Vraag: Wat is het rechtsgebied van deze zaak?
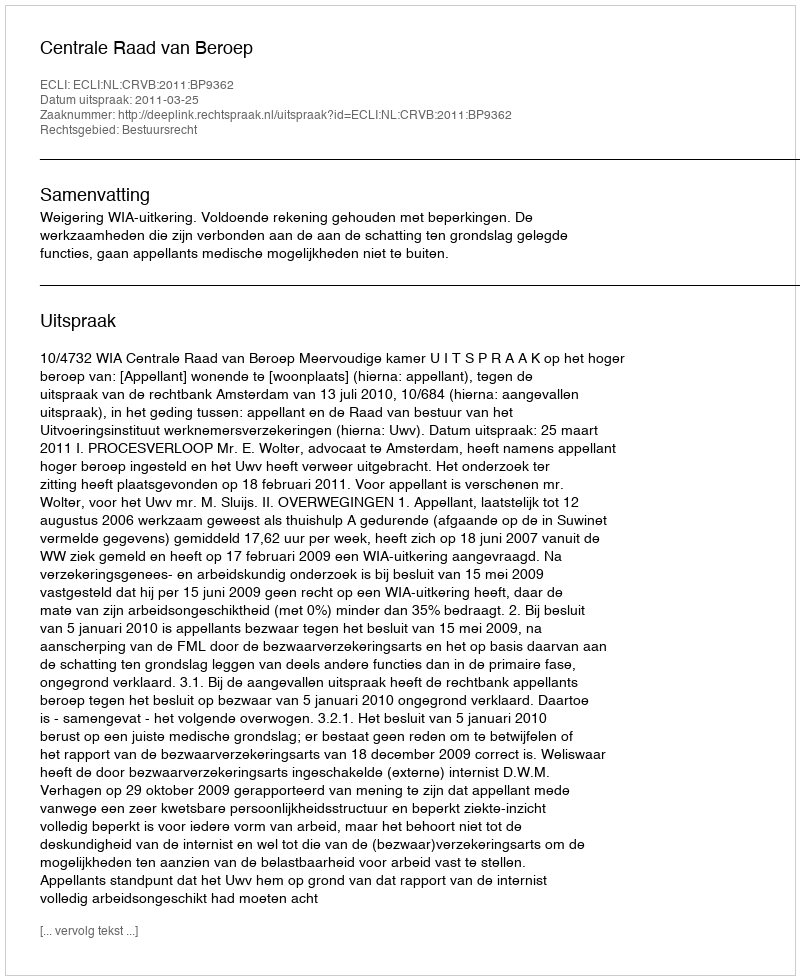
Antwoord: Bestuursrecht